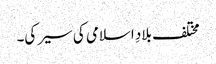
مختلف بلادِ اسلامی کی سیر کی۔